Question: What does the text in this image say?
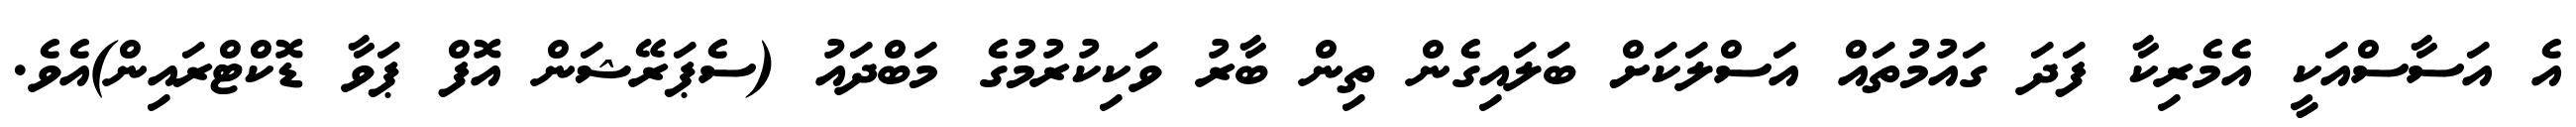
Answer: އެ އަސާސްއަކީ އެމެރިކާ ފަދަ ގައުމުތައް އަސްލަކަށް ބަލައިގެން ތިން ބާރު ވަކިކުރުމުގެ މަބްދައު (ސެޕަރޭޝަން އޮފް ޕަވާ ޑޮކްޓްރައިން)އެވެ.